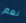
نعم